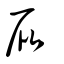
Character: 屁